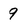
Character: 9